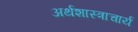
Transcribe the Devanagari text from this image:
अर्थशास्त्राचार्य